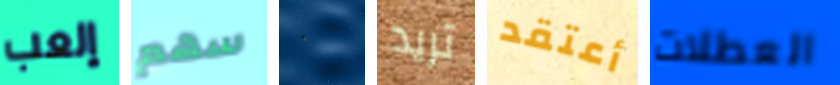
إلعب سهم ٠ تريد أعتقد العطلات